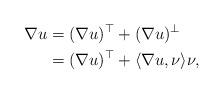
LaTeX: \begin{align*}\nabla u&=(\nabla u)^\top+(\nabla u)^{\perp}\\&=(\nabla u)^\top+\langle\nabla u,\nu\rangle\nu,\end{align*}